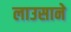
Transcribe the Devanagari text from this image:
लाउसाने